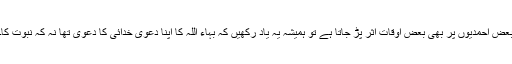
بعض احمدیوں پر بھی بعض اوقات اثر پڑ جاتا ہے تو ہمیشہ یہ یاد رکھیں کہ بہاء اللہ کا اپنا دعویٰ خدائی کا دعویٰ تھا نہ کہ نبوت کا۔